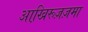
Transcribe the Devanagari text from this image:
आखि़रूज़ज़मा